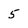
Character: 5